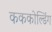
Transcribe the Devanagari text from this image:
कककोल्डिंग